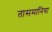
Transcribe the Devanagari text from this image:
तासमानिया